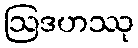
ဩဒဟဿု